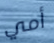
أمي